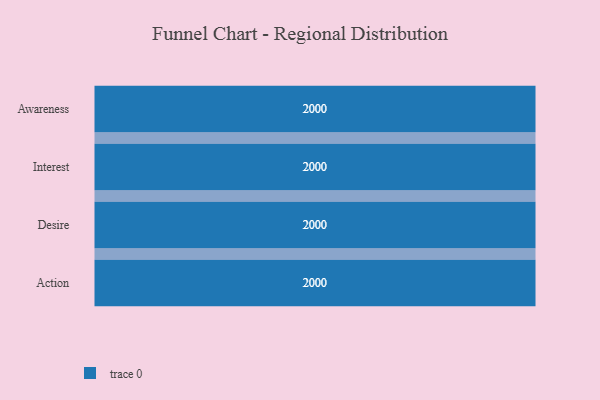
{"axis": {"x": "Stage", "y": "Value"}, "legend": [""], "data": [{"x": "Awareness", "y": 2000, "type": ""}, {"x": "Interest", "y": 2000, "type": ""}, {"x": "Desire", "y": 2000, "type": ""}, {"x": "Action", "y": 2000, "type": ""}]}